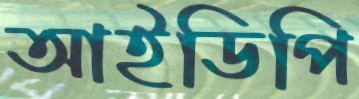
আইডিপি